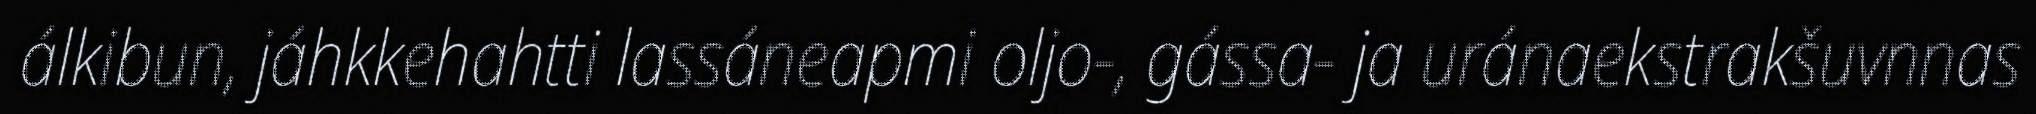
álkibun, jáhkkehahtti lassáneapmi oljo-, gássa- ja uránaekstrakšuvnnas